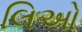
લિઓ